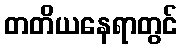
တတိယနေရာတွင်